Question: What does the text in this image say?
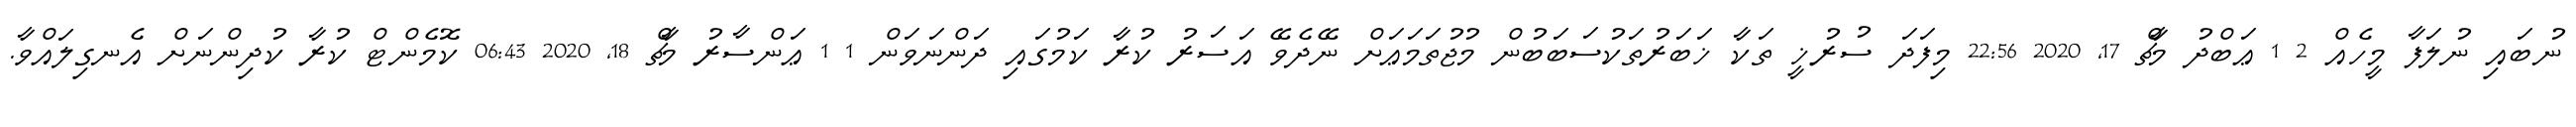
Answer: ނުބައި ނުލަފާ މީހެއް 2 1 ޢަބްދު މާޗް 17, 2020 22:56 މިފަދަ ސުރުޚީ ތަކާ ޚަބަރުތަކުސަބަބުން މުޖުތަމަޢަށް ނޭދެވޭ އަސަރު ކުރާ ކަމުގައި ދަންނަވަން 1 1 ޢަންސާރު މާޗް 18, 2020 06:43 ކޮމެންޓް ކުރާ ކުދިންނަށް އެނގިލައްވާ.